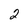
Character: 2